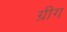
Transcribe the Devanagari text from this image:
ग्रीग